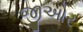
જીઓર